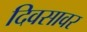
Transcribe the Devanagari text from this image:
दिवसावर